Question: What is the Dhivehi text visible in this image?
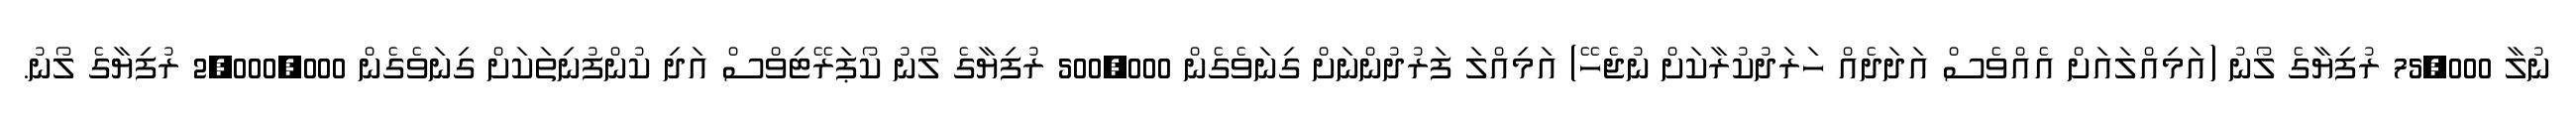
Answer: ނުލާ 75,000 ރުފިޔާގެ ލޯނު (އަމިއްލައަށް އެއްވެސް އަދަދެއް ހަރަދުކުރާކަށް ނުޖެހޭ) އަމިއްލަ ފަރުދުންނަށް ގިނަވެގެން 500,000 ރުފިޔާގެ ލޯނު ކޯޕަރޭޓިވްސް އަދި ކުންފުނިތަކަށް ގިނަވެގެން 2,000,000 ރުފިޔާގެ ލޯނު.